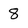
Character: 8